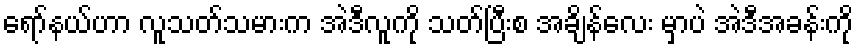
ရော်နယ်ဟာ လူသတ်သမားက အဲဒီလူကို သတ်ပြီးစ အချိန်လေး မှာပဲ အဲဒီအခန်းကို